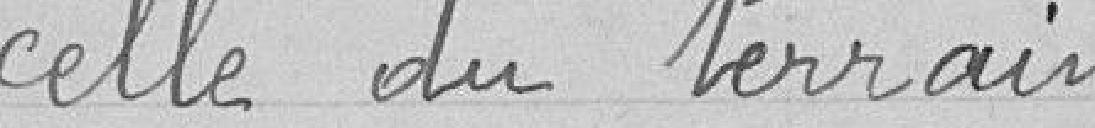
celle du terrain